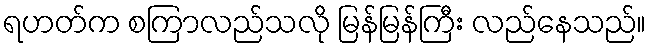
ရဟတ်က စကြာလည်သလို မြန်မြန်ကြီး လည်နေသည်။